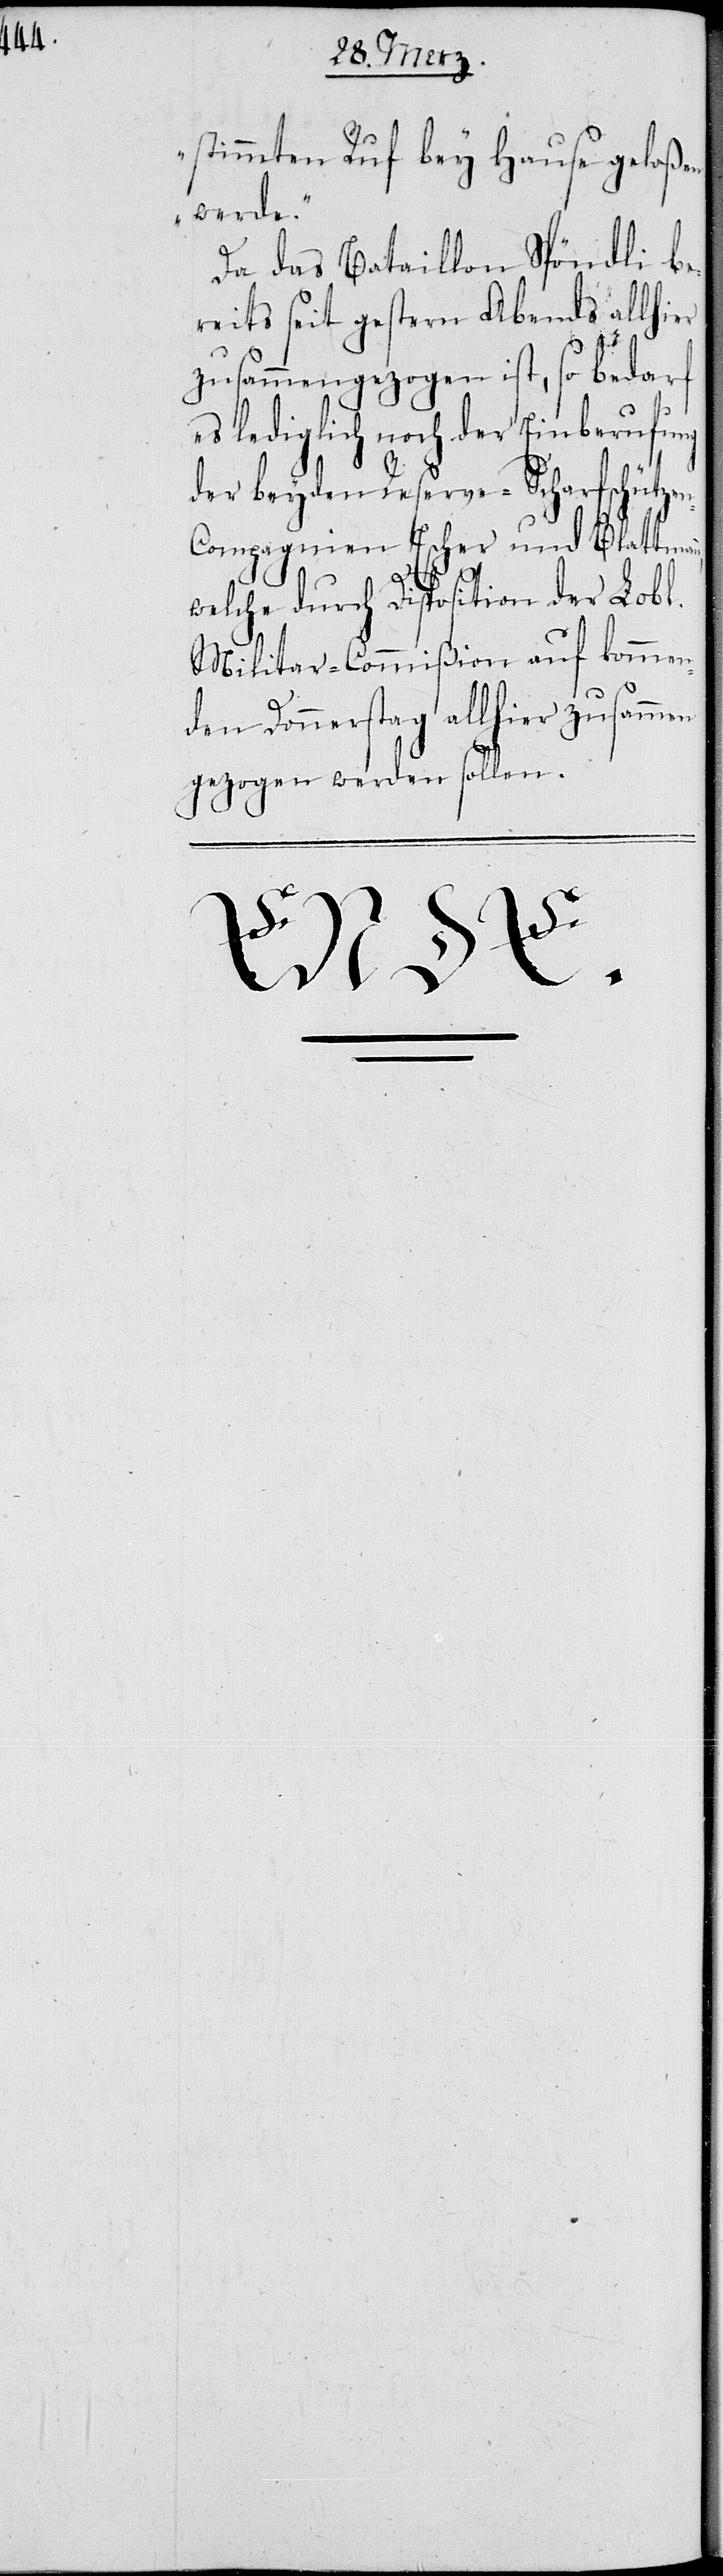
stimmten Ruf bey Hause gelaßen
werde.“
Da das Bataillon Spöndli be¬
reits seit gestern Abends allhi¬
zusammengezogen ist, so bedarf
es lediglich noch der Einberufung
auf komme¬
der beyden Reserve-S¬
lhier
ompagnien Escher
welche durch Dispositi¬
Militar-Commißion
nden Donnerstag al¬
gezogen werden
ENDE.